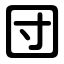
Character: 団